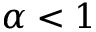
\alpha < 1